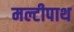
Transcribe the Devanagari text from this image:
मल्टीपाथ